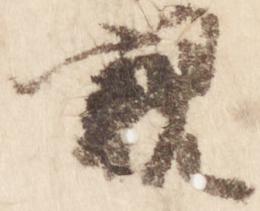
親